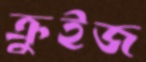
ক্রুইজ